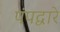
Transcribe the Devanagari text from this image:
पंपद्वारे